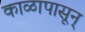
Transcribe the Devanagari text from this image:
काळापासून्